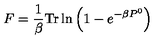
F = \frac { 1 } { \beta } \mathrm { T r } \ln \left( 1 - e ^ { - \beta P ^ { 0 } } \right)